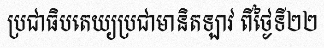
ប្រជាធិបតេយ្យប្រជាមានិតឡាវ ពីថ្ងៃទី២២